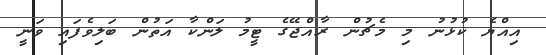
އިއްޔެ ކުޅުނު މި މެޗުން ރާއްޖޭގެ ޓީމު ލަންކާ އަތުން ބަލިވެފައި ވަނީ